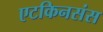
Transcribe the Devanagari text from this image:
एटकिनसंस